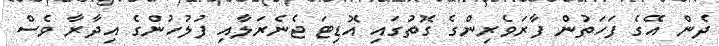
ދެން އޭގެ ފަހަތުން ފާރަވެރިންގެ ގޮތުގައި އޮޑިޓަ ޖެނެރަލާއި ފުލުހުންގެ އިދާރާ ވެސް